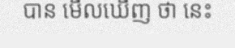
បាន មើលឃើញ ថា នេះ